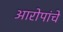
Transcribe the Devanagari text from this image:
आरोपांचे